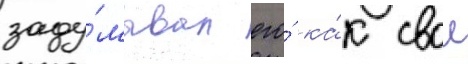
заду́мывал его́ ка́к свои